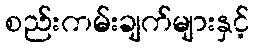
စည်းကမ်းချက်များနှင့်